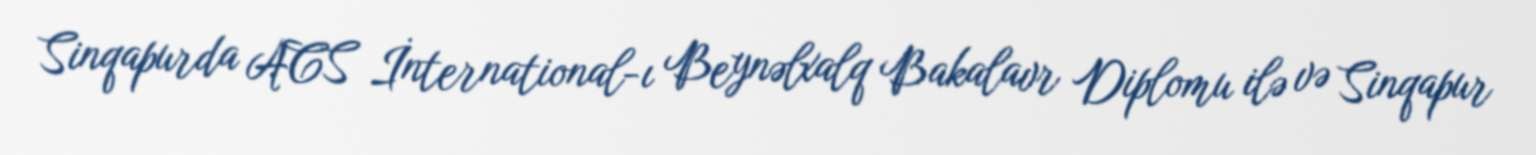
Sinqapurda ACS İnternational-ı Beynəlxalq Bakalavr Diplomu ilə və Sinqapur